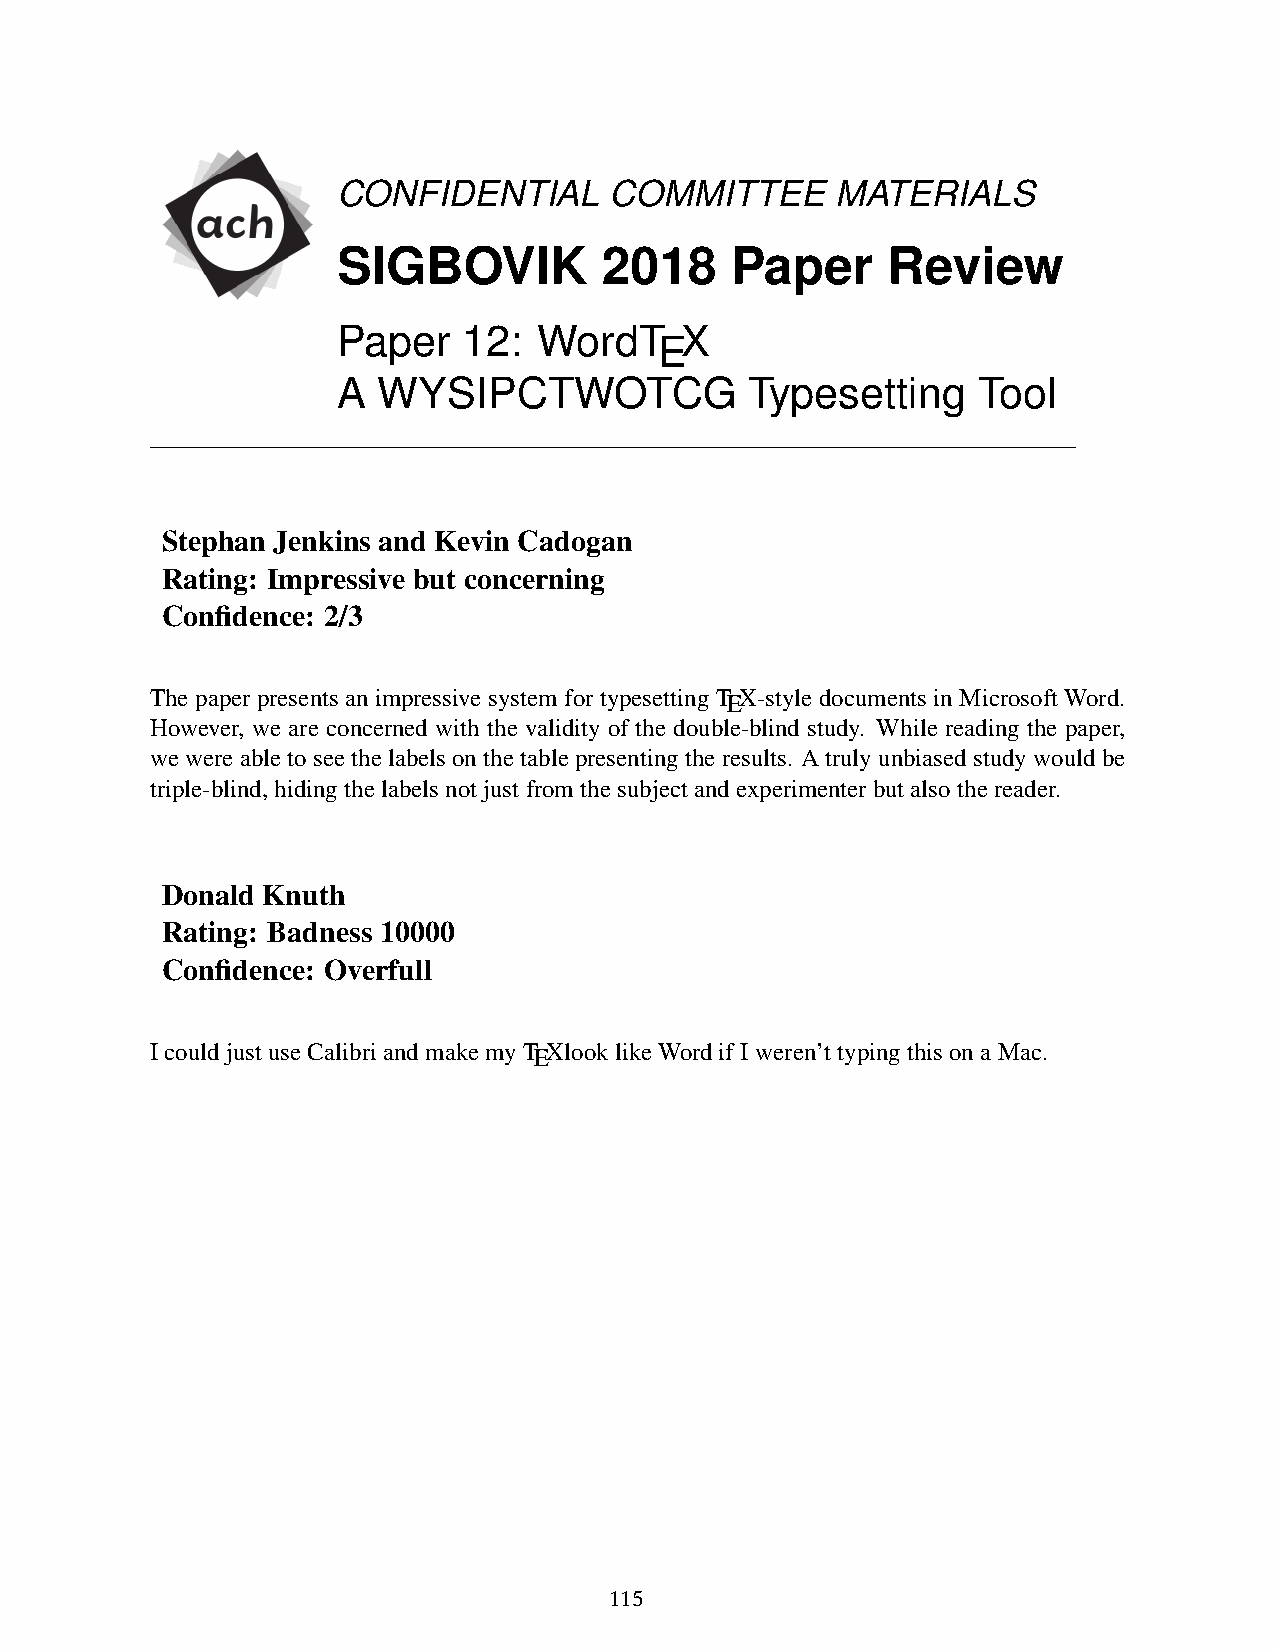
CONFIDENTIAL      COMMITTEE      MATERIALS
 SIGBOVIK          2018    Paper      Review
 Paper    12:  WordT    X
 E
 A  WYSIPCTWOTCG             Typesetting    Tool
 Stephan Jenkins and Kevin Cadogan
 Rating: Impressive but concerning
 Confidence: 2/3
 The paper presents an impressive system for typesetting TEX-style documents in Microsoft Word.
 However, we are concerned with the validity of the double-blind study. While reading the paper,
 we were able to see the labels on the table presenting the results. A truly unbiased study would be
 triple-blind,hidingthelabelsnotjustfromthesubjectandexperimenterbutalsothereader.
 Donald Knuth
 Rating: Badness 10000
 Confidence: Overfull
 IcouldjustuseCalibriandmakemyTEXlooklikeWordifIweren’ttypingthisonaMac.
 115